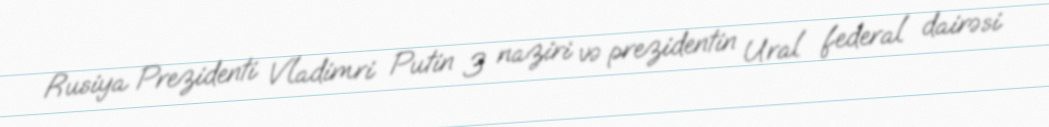
Rusiya Prezidenti Vladimri Putin 3 naziri və prezidentin Ural federal dairəsi